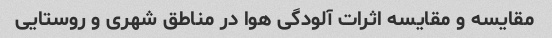
مقایسه و مقایسه اثرات آلودگی هوا در مناطق شهری و روستایی